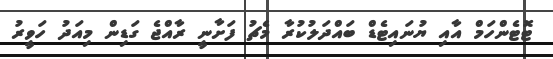
ޓޮޓެންހަމް އާއި ޔުނައިޓެޑް ބައްދަލުކުރާ މެޗު ފަށާނީ ރާއްޖެ ގަޑިން މިއަދު ހަވީރު